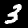
Label: 3